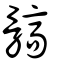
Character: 髇